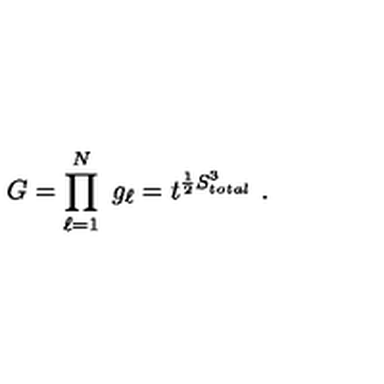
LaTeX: G = \prod _ { \ell = 1 } ^ { N } \ g _ { \ell } = t ^ { \frac { 1 } { 2 } S _ { t o t a l } ^ { 3 } } \ .